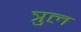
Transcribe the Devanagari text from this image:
त्रुल